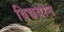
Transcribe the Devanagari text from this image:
विद्यवान